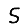
Digit: 5